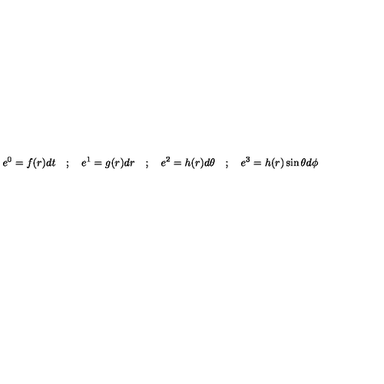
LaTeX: e ^ { 0 } = f ( r ) d t \quad ; \quad e ^ { 1 } = g ( r ) d r \quad ; \quad e ^ { 2 } = h ( r ) d \theta \quad ; \quad e ^ { 3 } = h ( r ) \sin \theta d \phi